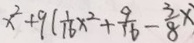
x ^ { 2 } + 9 ( \frac { 1 } { 1 6 } x ^ { 2 } + \frac { 9 } { 1 6 } ) - \frac { 3 } { 8 } x